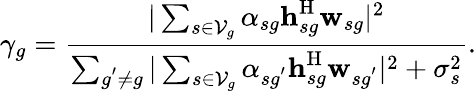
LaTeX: \gamma_{g}=\frac{|\sum_{s\in\mathcal{V}_{g}}\alpha_{sg}\textbf{h}_{sg}^{\mathrm{H}}\textbf{w}_{sg}|^{2}}{\sum_{g^{'}\not=g}|\sum_{s\in\mathcal{V}_{g}}\alpha_{sg^{'}}\textbf{h}_{sg}^{\mathrm{H}}\textbf{w}_{sg^{'}}|^{2}+\sigma_{s}^{2}}.